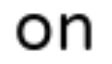
on